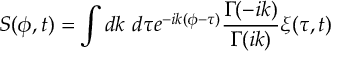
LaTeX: S ( \phi , t ) = \int d k ~ d \tau e ^ { - i k ( \phi - \tau ) } { \frac { \Gamma ( - i k ) } { \Gamma ( i k ) } } \xi ( \tau , t )